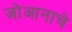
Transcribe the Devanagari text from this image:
जोआनाचे